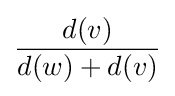
{\frac {d(v)}{d(w)+d(v)}}